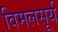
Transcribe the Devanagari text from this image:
विमलसूर्य